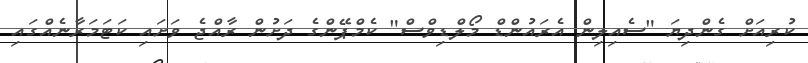
ކުރިއަށް ގެންދިޔަ "ސެއިލިން އެރައުންޑް މޯލްޑިވްސް" ކެމްޕޭންގެ ދަށުން ރާއްޖެ ވަށައި ކަޓަމަރާނެއްގައި